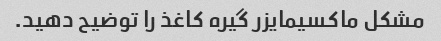
مشکل ماکسیمایزر گیره کاغذ را توضیح دهید.